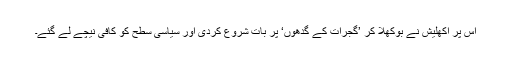
اس پر اکھلیش نے بوکھلا کر ’گجرات کے گدھوں‘ پر بات شروع کردی اور سیاسی سطح کو کافی نیچے لے گئے۔